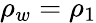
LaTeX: \rho_{w}=\rho_{1}